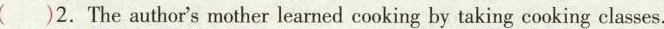
()2.The author's mother learned cooking by taking cooking classes.